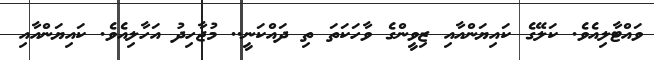
ވައްޓާލިއެވެ. ކަލޭގެ ކައިޔަންއާއި ޒިވީންގެ ވާހަކަތަ ތި ދައްކަނީ.. މުޖާހިދު އަހާލިއެވެ. ކައިޔަންއާއި